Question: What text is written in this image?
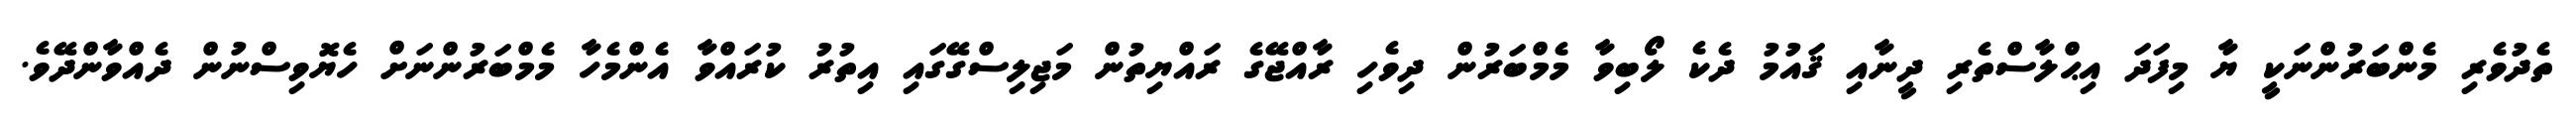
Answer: ތެދުވެރި މެންބަރުންނަކީ ޔާ މިފަދަ އިޙްލާސްތެރި ދީނާއި ޤައުމު ދެކެ ލޯބިވާ މެމްބަރުން ދިވެހި ރާއްޖޭގެ ރައްޔިތުން މަޖިލިސްގޭގައި އިތުރު ކުރައްވާ އެންމެހާ މެމްބަރުންނަށް ހެޔޮވިސްނުން ދެއްވާންދޭވެ.